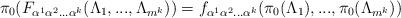
LaTeX: \begin{align*}\pi _{0}(F_{\alpha ^{1}\alpha ^{2}...\alpha ^{k}}(\Lambda _{1},...,\Lambda_{m^{k}}))=f_{\alpha ^{1}\alpha ^{2}...\alpha ^{k}}(\pi _{0}(\Lambda_{1}),...,\pi _{0}(\Lambda _{m^{k}})) \end{align*}